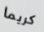
كريما